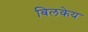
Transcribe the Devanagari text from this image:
बिलकेय